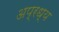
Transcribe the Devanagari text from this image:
अप्रध्य